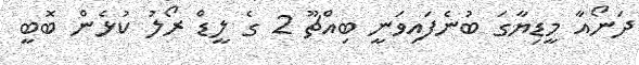
ދަނޯއާ މީޑިޔާގަ ބުނެފައިވަނީ ބިއްޗޫ 2 ގެ ލީޑް ރޯލު ކުޅެން ބޮބީ